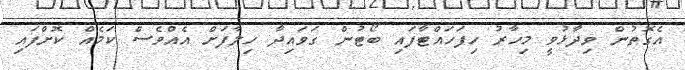
އެގޮތުން ވިދާޅުވީ މިހާރު ހިފަހައްޓާފައި ބޯޓުން ގަވައިދާ ހިލާފަށް އެއްވެސް ކަމެއް ކޮށްފައި